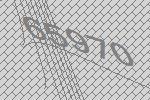
65970